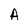
Character: A